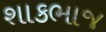
શાકભાજ